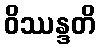
ဝိဿန္ဒတိ